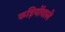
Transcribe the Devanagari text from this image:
कड़ियोंवाले